Civil Veterinary Department. Madras. Admin. report 1926-33 - 1926-1933
Year: 1926
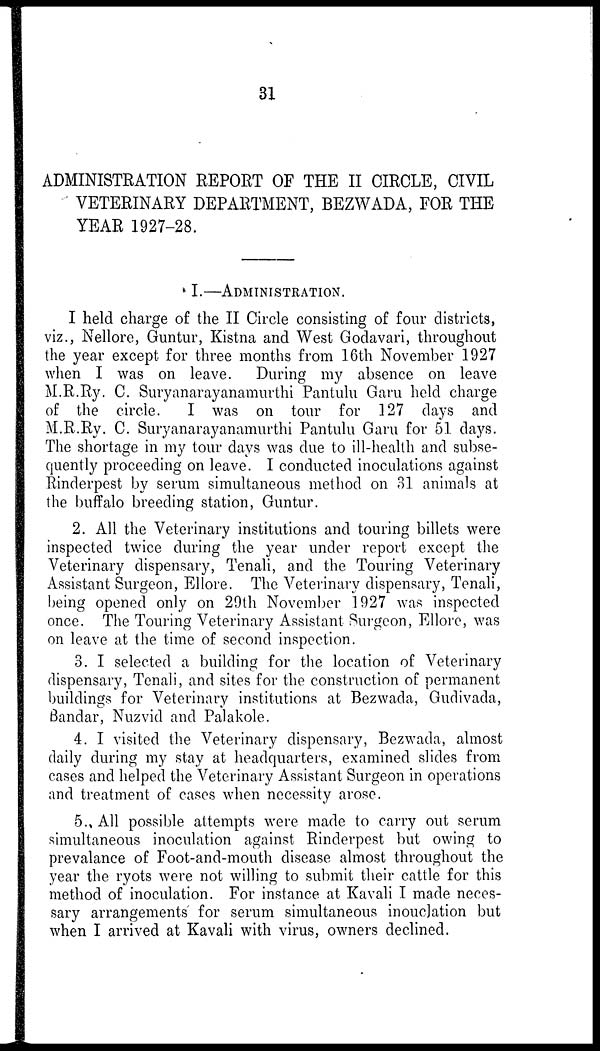
31
ADMINISTRATION REPORT OF THE II CIRCLE, CIVIL
VETERINARY DEPARTMENT, BEZWADA, FOR THE
YEAR 1927-28.
I.—ADMINISTRATION.
I held charge of the II Circle consisting of four districts,
viz., Nellore, Guntur, Kistna and West Godavari, throughout
the year except for three months from 16th November 1927
when I was on leave. During my absence on leave
M.R.Ry. C. Suryanarayanamurthi Pantulu Garu held charge
of the circle. I was on tour for 127 days and
M.R.Ry. C. Suryanarayanamurthi Pantulu Garu for 51 days.
The shortage in my tour days was due to ill-health and subse-
quently proceeding on leave. I conducted inoculations against
Rinderpest by serum simultaneous method on 31 animals at
the buffalo breeding station, Guntur.
2. All the Veterinary institutions and touring billets were
inspected twice during the year under report except the
Veterinary dispensary, Tenali, and the Touring Veterinary
Assistant Surgeon, Ellore. The Veterinary dispensary, Tenali,
being opened only on 29th November 1927 was inspected
once. The Touring Veterinary Assistant Surgeon, Ellore, was
on leave at the time of second inspection.
3. I selected a building for the location of Veterinary
dispensary, Tenali, and sites for the construction of permanent
buildings for Veterinary institutions at Bezwada, Gudivada,
Bandar, Nuzvid and Palakole.
4. I visited the Veterinary dispensary, Bezwada, almost
daily during my stay at headquarters, examined slides from
cases and helped the Veterinary Assistant Surgeon in operations
and treatment of cases when necessity arose.
5. All possible attempts were made to carry out serum
simultaneous inoculation against Rinderpest but owing to
prevalance of Foot-and-mouth disease almost throughout the
year the ryots were not willing to submit their cattle for this
method of inoculation. For instance at Kavali I made neces-
sary arrangements for serum simultaneous inouclation but
when I arrived at Kavali with virus, owners declined.